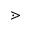
\gtrdot